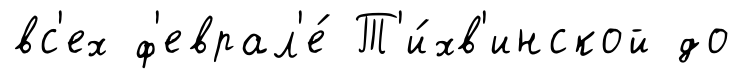
вс'ех ф'еврал'е́ Т'и́хв'инской до